Civil Veterinary Dept. North-West Frontier Province 1923-32 - 1923-1932
Year: 1923
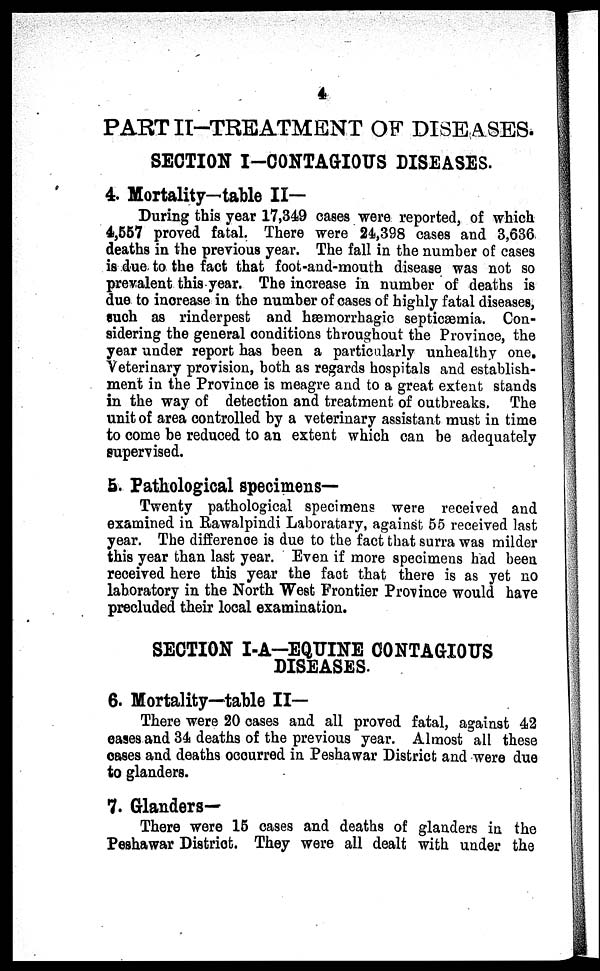
4
PART II-TREATMENT OF DISEASES.
SECTION I-CONTAGIOUS DISEASES.
4. Mortality—table II—
During this year 17,349 cases were reported, of which
4,557 proved fatal. There were 24,398 cases and 3,636
deaths in the previous year. The fall in the number of cases
is due to the fact that foot-and-mouth disease was not so
prevalent this year. The increase in number of deaths is
due to increase in the number of cases of highly fatal diseases,
such as rinderpest and hæmorrhagic septicæmia. Con-
sidering the general conditions throughout the Province, the
year under report has been a particularly unhealthy one.
Veterinary provision, both as regards hospitals and establish-
ment in the Province is meagre and to a great extent stands
in the way of detection and treatment of outbreaks. The
unit of area controlled by a veterinary assistant must in time
to come be reduced to an extent which can be adequately
supervised.
5. Pathological specimens-
Twenty pathological specimens were received and
examined in Rawalpindi Laboratary, against 55 received last
year. The difference is due to the fact that surra was milder
this year than last year. Even if more specimens had been
received here this year the fact that there is as yet no
laboratory in the North West Frontier Province would have
precluded their local examination.
SECTION I-A-EQUINE CONTAGIOUS
DISEASES.
6. Mortality—table II—
There were 20 cases and all proved fatal, against 42
eases and 34 deaths of the previous year. Almost all these
cases and deaths occurred in Peshawar District and were due
to glanders.
7. Glanders-
There were 15 cases and deaths of glanders in the
Peshawar District. They were all dealt with under the